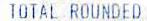
TOTAL ROUNDED